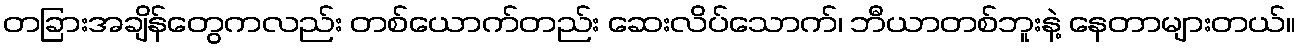
တခြားအချိန်တွေကလည်း တစ်ယောက်တည်း ဆေးလိပ်သောက်၊ ဘီယာတစ်ဘူးနဲ့ နေတာများတယ်။